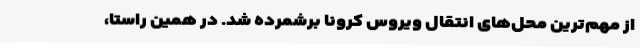
از مهم‌ترین محل‌های انتقال ویروس کرونا برشمرده شد. در همین راستا،